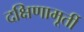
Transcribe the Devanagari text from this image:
दक्षिणामूर्ती